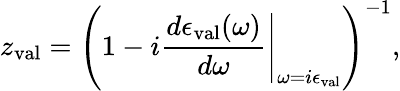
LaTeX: z_{\mathrm{val}}=\left(1-i\left.\frac{d\epsilon_{\mathrm{val}}(\omega)}{d\omega}\right|_{\omega=i\epsilon_{\mathrm{val}}}\right)^{-1},